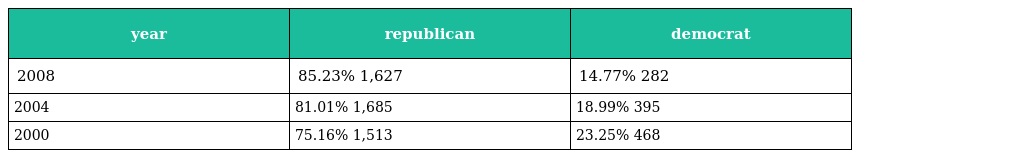
| year | republican | democrat |
 | --- | --- | --- |
 | 2008 | 85.23% 1,627 | 14.77% 282 |
 | 2004 | 81.01% 1,685 | 18.99% 395 |
 | 2000 | 75.16% 1,513 | 23.25% 468 |